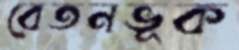
বেতনভূক